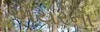
ઐયરના